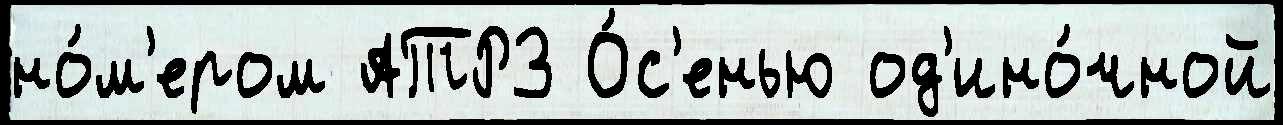
но́м'ером АТРЗ О́с'енью од'ино́чной